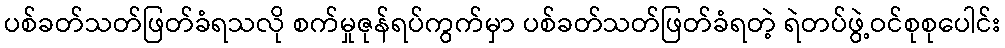
ပစ်ခတ်သတ်ဖြတ်ခံရသလို စက်မှုဇုန်ရပ်ကွက်မှာ ပစ်ခတ်သတ်ဖြတ်ခံရတဲ့ ရဲတပ်ဖွဲ့ဝင်စုစုပေါင်း